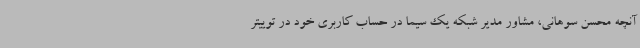
آنچه محسن سوهانی، مشاور مدیر شبکه یک سیما در حساب کاربری خود در توییتر